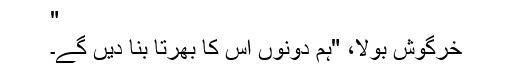
"
خرگوش بولا، "ہم دونوں اس کا بھُرتا بنا دیں گے۔